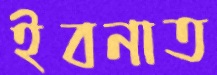
ইবনাত